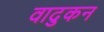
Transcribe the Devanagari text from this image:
वादुकन